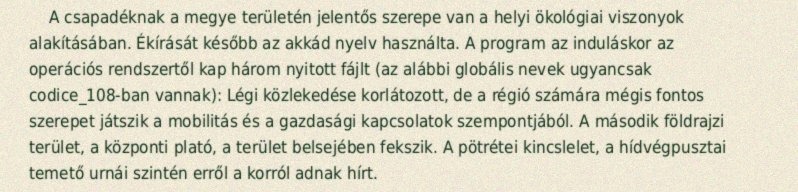
A csapadéknak a megye területén jelentős szerepe van a helyi ökológiai viszonyok alakításában. Ékírását később az akkád nyelv használta. A program az induláskor az operációs rendszertől kap három nyitott fájlt (az alábbi globális nevek ugyancsak codice_108-ban vannak): Légi közlekedése korlátozott, de a régió számára mégis fontos szerepet játszik a mobilitás és a gazdasági kapcsolatok szempontjából. A második földrajzi terület, a központi plató, a terület belsejében fekszik. A pötrétei kincslelet, a hídvégpusztai temető urnái szintén erről a korról adnak hírt.